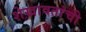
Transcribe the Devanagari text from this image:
शेखावतांची